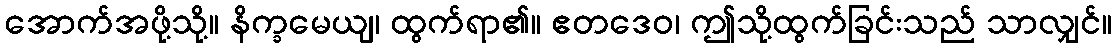
အောက်အဖို့သို့။ နိက္ခမေယျ၊ ထွက်ရာ၏။ ဧတဒေဝ၊ ဤသို့ထွက်ခြင်းသည် သာလျှင်။